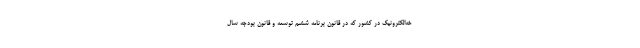
خه‌الکترونیک در کشور که در قانون برنامه ششم توسعه و قانون بودجه سال